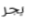
يجر